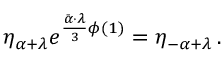
\eta _ { \alpha + \lambda } e ^ { { \frac { \bar { \alpha } \cdot \lambda } { 3 } } \phi ( 1 ) } = \eta _ { - \alpha + \lambda } \, .